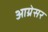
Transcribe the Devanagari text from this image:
आग्रेसर